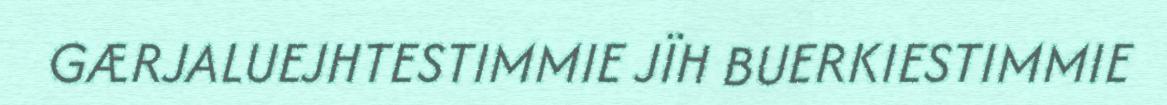
GÆRJALUEJHTESTIMMIE JÏH BUERKIESTIMMIE